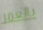
بالعمر